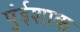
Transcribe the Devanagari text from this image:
पुंईशाक